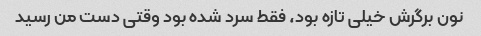
نون برگرش خیلی تازه بود، فقط سرد شده بود وقتی دست من رسید